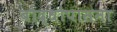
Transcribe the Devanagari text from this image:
बौद्धोपासना